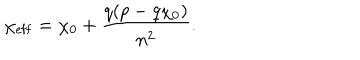
\chi _ { \mathrm { e f f } } = \chi _ { 0 } + \frac { q ( p - q \chi _ { 0 } ) } { n ^ { 2 } } .